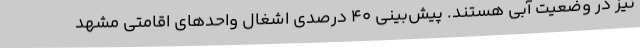
نیز در وضعیت آبی هستند. پیش‌بینی 40 درصدی اشغال واحدهای اقامتی مشهد